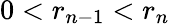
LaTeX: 0<r_{n-1}<r_{n}